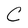
Character: C